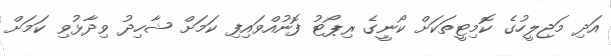
އަދި މަޖިލީހުގެ ކޮމިޓީތަކަށް ކޯނީގެ ރިޕޯޓު ފޮނުއްވައިފި ކަމަށް ޝާހިދު ވިދާޅުވި ކަމަށް